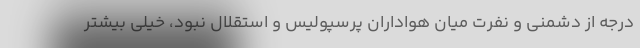
درجه از دشمنی و نفرت میان هواداران پرسپولیس و استقلال نبود، خیلی بیشتر